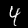
Label: 4